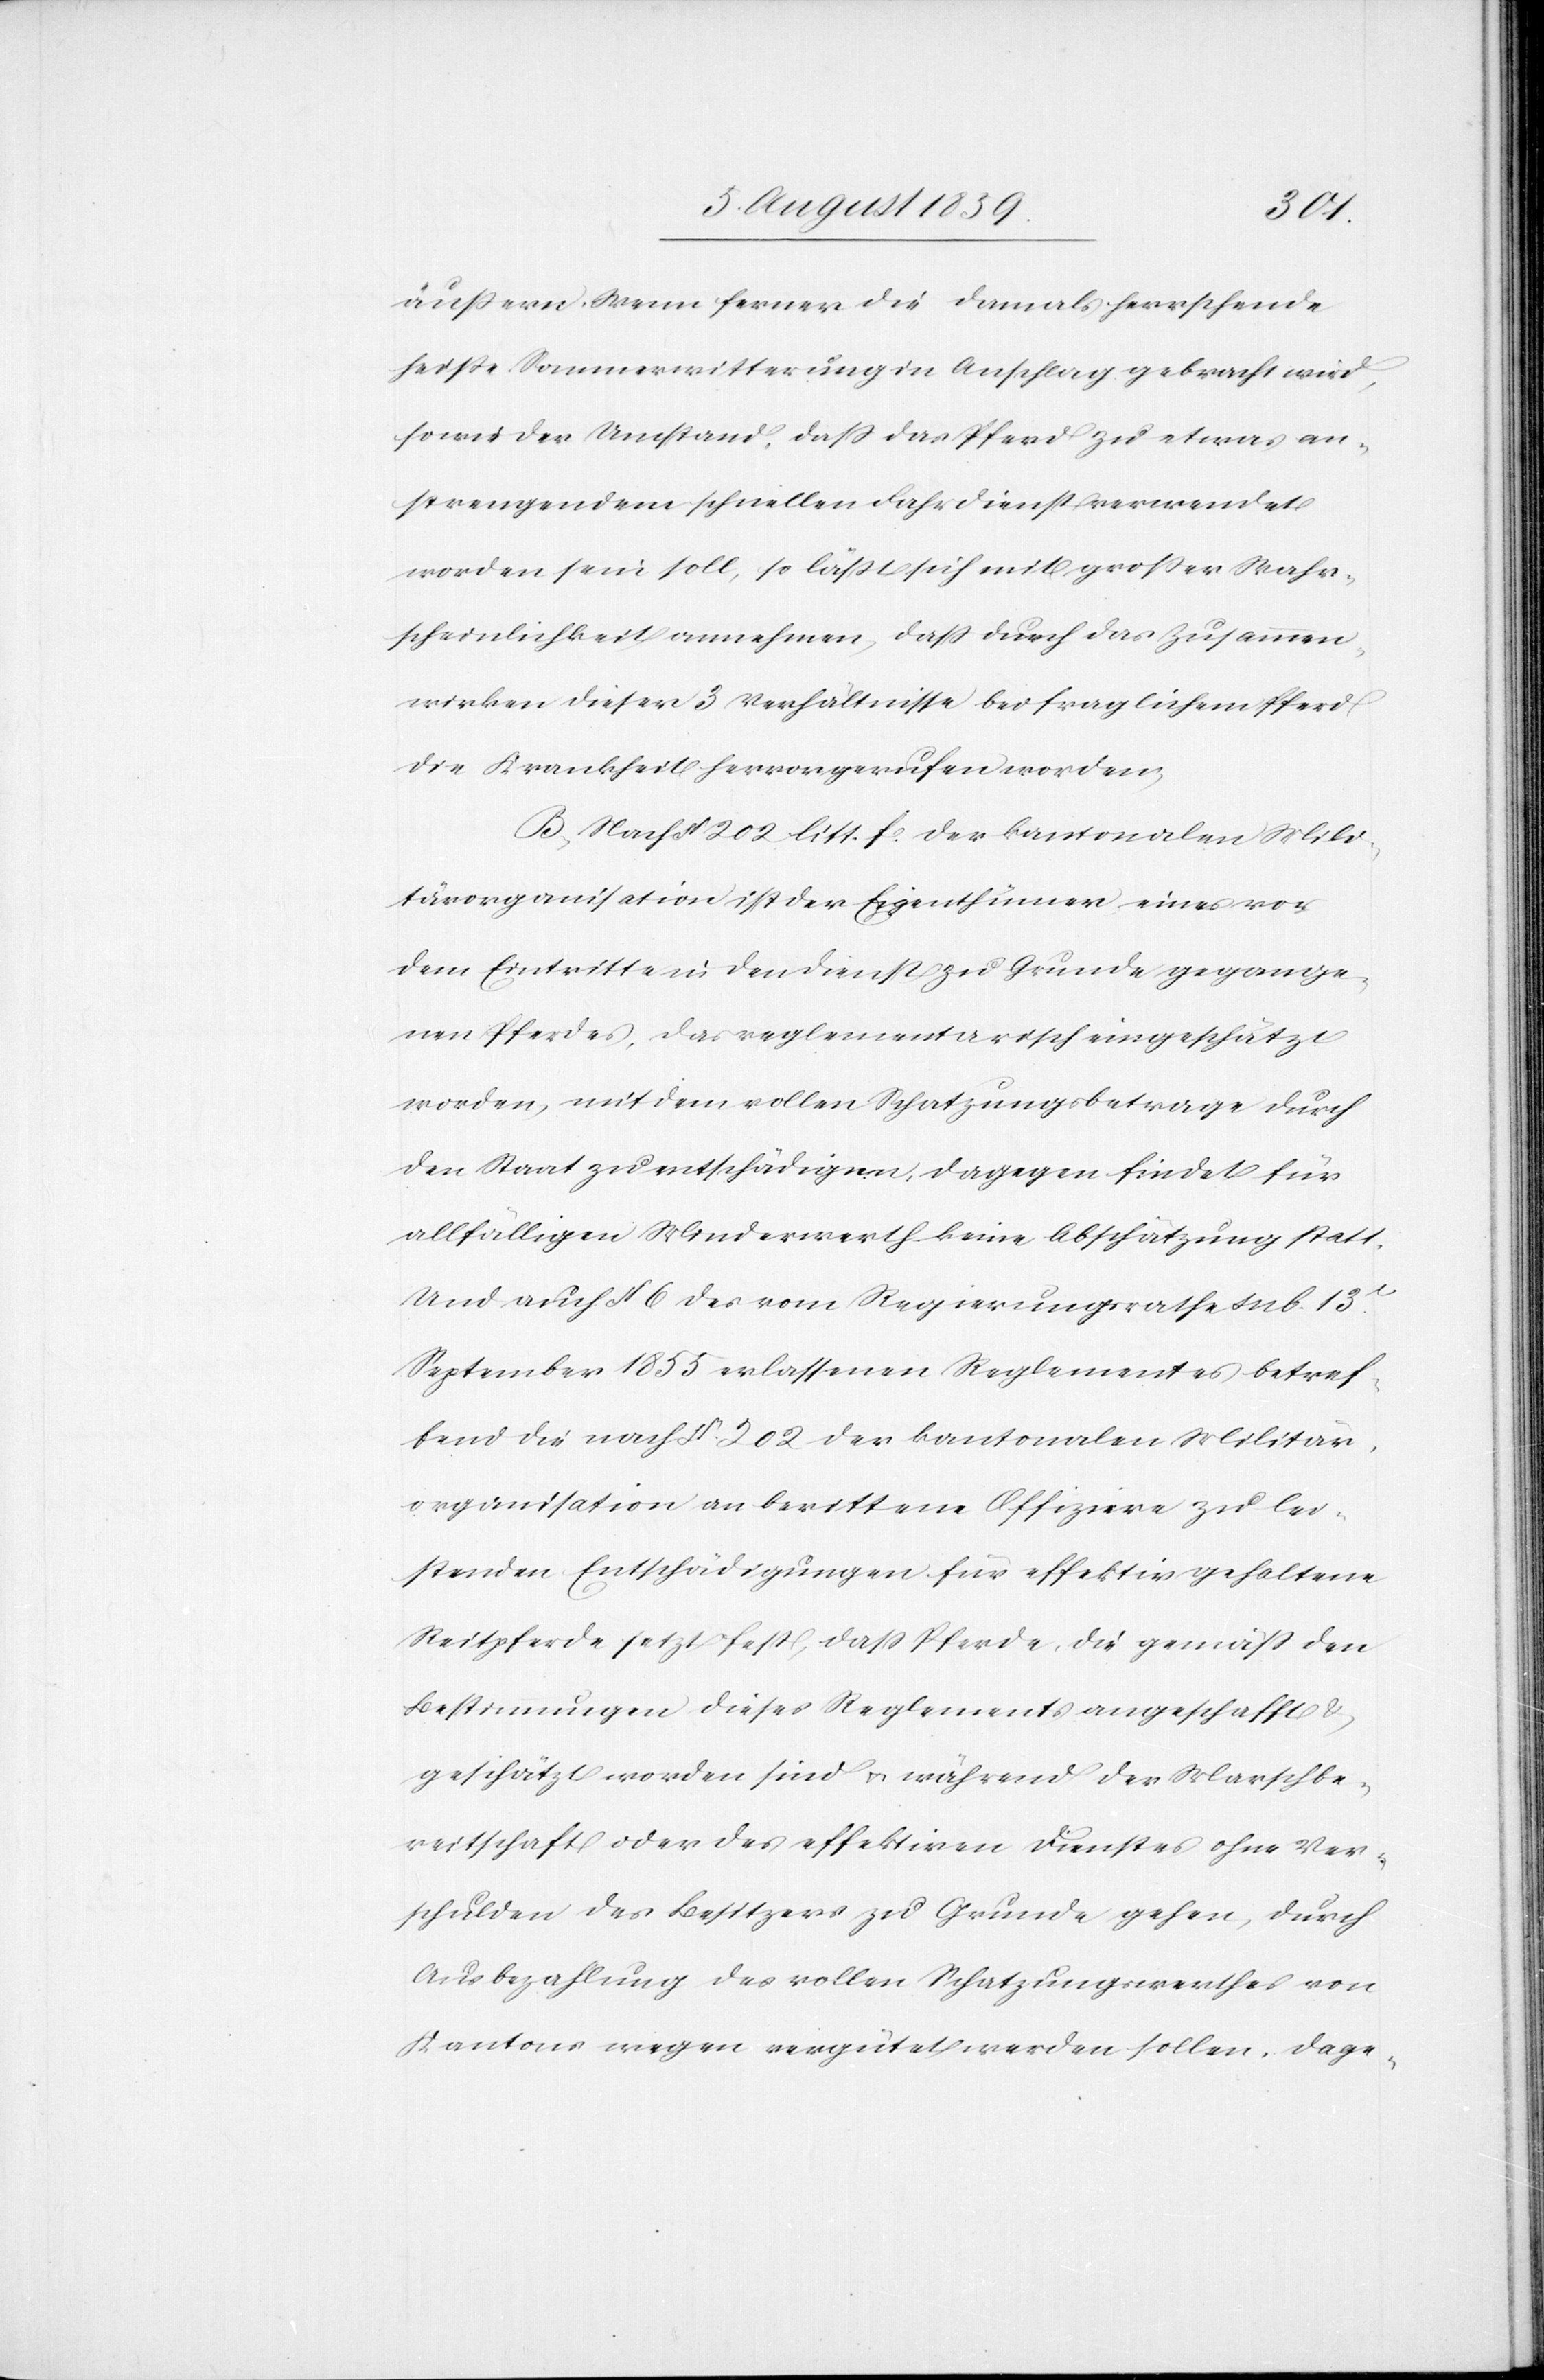
äußern. Wenn ferner die damals herrschende
heiße Sommerwitterung in Anschlag gebracht wird,
sowie der Umstand, daß das Pferd zu etwas an¬
strengendem schnellen Fahrdienst verwendet
worden sein soll, so läßt sich mit großer Wahr¬
scheinlichkeit annehmen, daß durch das Zusammen¬
wirken dieser 3 Verhältnisse bei fraglichem Pferd
die Krankheit hervorgerufen worden.
B. Nach § 202 litt. f. der kantonalen Mili¬
tärorganisation ist der Eigenthümer eines vor
dem Eintritte in den Dienst zu Grunde gegange¬
nen Pferdes, das reglementarisch eingeschätzt
worden, mit dem vollen Schatzungsbetrage durch
den Staat zu entschädigen, dagegen findet für
allfälligen Minderwerth keine Abschätzung statt.
Und auch § 6 des vom Regierungsrathe sub 13t.
September 1855 erlassenen Reglementes betref¬
fend die nach § 202 der kantonalen Militär¬
organisation an berittene Offiziere zu lei¬
stenden Entschädigungen für effektiv gehaltene
Reitpferde setzt fest, daß Pferde, die gemäß den
Bestimmungen dieses Reglements angeschafft u.
geschätzt worden sind u. während der Marschbe¬
reitschaft oder des effektiven Dienstes ohne Ver¬
schulden des Besitzers zu Grunde gehen, durch
Ausbezahlung des vollen Schatzungswerthes von
Kantons wegen vergütet werden sollen. Dage-